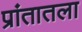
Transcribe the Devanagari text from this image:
प्रांतातला